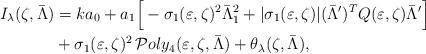
LaTeX: \begin{align*}I_\lambda(\zeta,\bar{\Lambda}) & = ka_0+ a_1 \Big[ -\sigma_1(\varepsilon,\zeta)^2 \bar\Lambda_1^2 + |\sigma_1(\varepsilon,\zeta)| (\bar\Lambda')^T Q(\varepsilon,\zeta) \bar\Lambda' \Bigr]\\& +\sigma_1(\varepsilon,\zeta)^2\,\mathcal Poly_4(\varepsilon,\zeta,\bar \Lambda)+ \theta_\lambda(\zeta,\bar \Lambda),\end{align*}